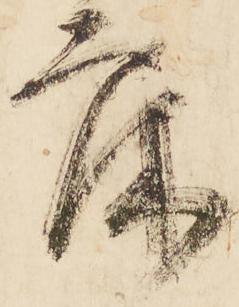
床